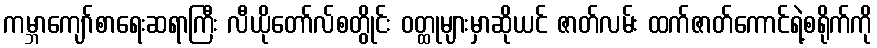
ကမ္ဘာကျော်စာရေးဆရာကြီး လီယိုတော်လ်စတွိုင်း ဝတ္ထုများမှာဆိုယင် ဇာတ်လမ်း ထက်ဇာတ်ကောင်ရဲ့စရိုက်ကို